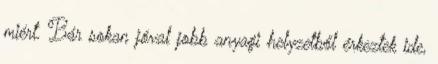
miért. Bár sokan jóval jobb anyagi helyzetből érkeztek ide,